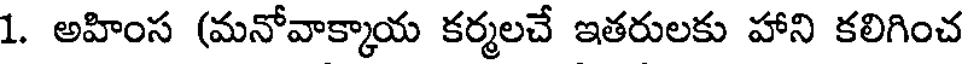
1. అహింస (మనోవాక్కాయ కర్మలచే ఇతరులకు హాని కలిగించ